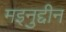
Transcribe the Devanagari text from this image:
मइनुद्दीन